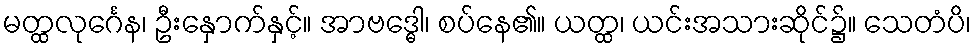
မတ္ထလုင်္ဂေန၊ ဦးနှောက်နှင့်။ အာဗဒ္ဓေါ၊ စပ်နေ၏။ ယတ္ထ၊ ယင်းအသားဆိုင်၌။ သေတံပိ၊